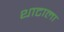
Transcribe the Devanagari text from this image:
थाटाला